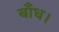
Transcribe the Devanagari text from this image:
बाँध।